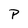
Character: p